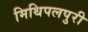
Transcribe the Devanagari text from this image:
मिथिपलपुरी